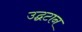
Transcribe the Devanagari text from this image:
उद्घटान